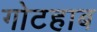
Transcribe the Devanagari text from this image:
गोटहाब